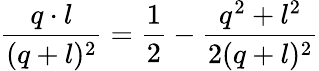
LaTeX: {\frac{q\cdot l}{(q+l)^{2}}}={\frac{1}{2}}-{\frac{q^{2}+l^{2}}{2(q+l)^{2}}}